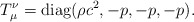
\begin{align*}T_\mu^\nu={\rm diag}(\rho c^2, -p, -p, -p).\end{align*}